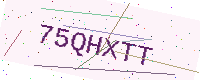
Text: 75QHXTT